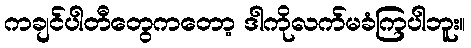
ကချင်ပါတီတွေကတော့ ဒါကိုလက်မခံကြပါဘူး။